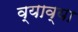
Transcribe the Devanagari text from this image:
व्याव्या